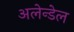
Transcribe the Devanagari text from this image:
अलेन्डेल